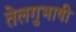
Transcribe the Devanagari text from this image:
तेलगुभाषी